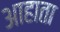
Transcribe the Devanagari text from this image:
आहाता